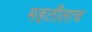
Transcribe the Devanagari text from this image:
महतीलाच